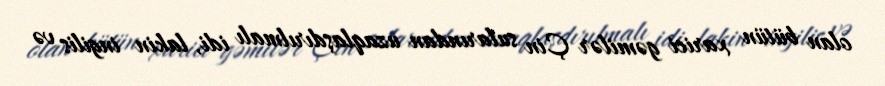
olan bütün xarici gəmilər Çin sularından uzaqlaşdırılmalı idi, lakin ingilis və